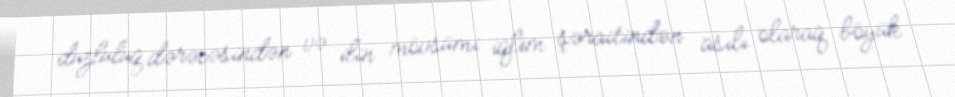
duzluluq dərəcəsindən və ilin mövsümi iqlim şəraitindən asılı olaraq böyük